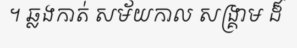
។ ឆ្លងកាត់ សម័យកាល សង្គ្រាម ដ៏